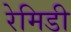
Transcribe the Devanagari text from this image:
रेमिडी